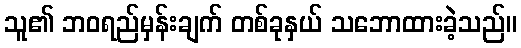
သူ၏ ဘဝရည်မှန်းချက် တစ်ခုနှယ် သဘောထားခဲ့သည်။